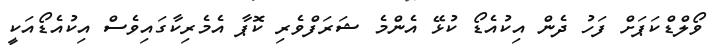
ވޯލްޑްކަޕަށް ފަހު ދެން އިކުއެޑޯ ކުޅޭ އެންމެ ޝަރަފްވެރި ކޮޕާ އެމެރިކާގައިވެސް އިކުއެޑޯއަކީ